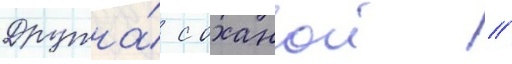
Дружна́ с оханои //